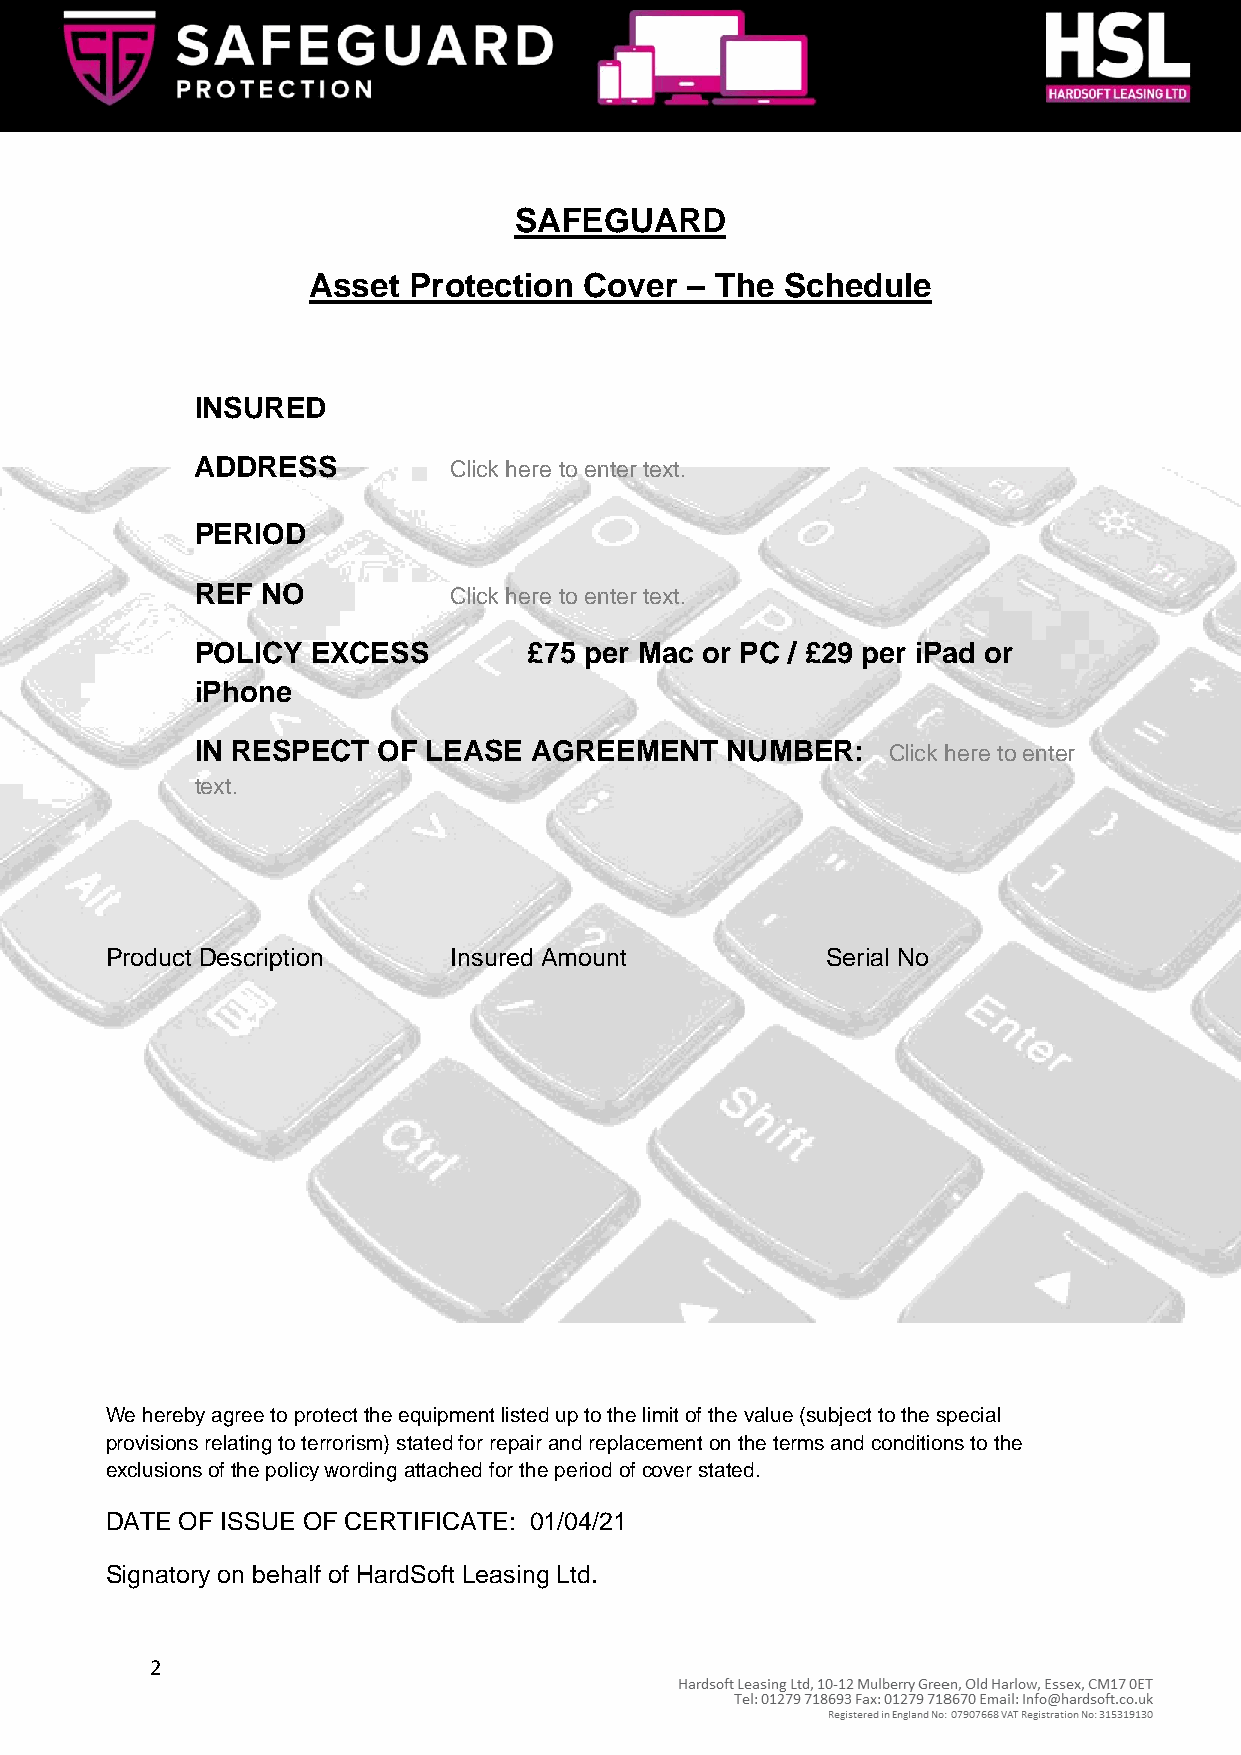
SAFEGUARD
 Asset  Protection  Cover – The  Schedule
 INSURED
 ADDRESS          Click here to enter text.
 PERIOD
 REF NO           Click here to enter text.
 POLICY  EXCESS        £75 per Mac or PC / £29 per iPad or
 iPhone
 IN RESPECT  OF LEASE  AGREEMENT    NUMBER:    Click here to enter
 text.
 Product Description    Insured Amount           Serial No
 We hereby agree to protect the equipment listed up to the limit of the value (subject to the special
 provisions relating to terrorism) stated for repair and replacement on the terms and conditions to the
 exclusions of the policy wording attached for the period of cover stated.
 DATE OF ISSUE OF CERTIFICATE: 01/04/21
 Signatory on behalf of HardSoft Leasing Ltd.
 2